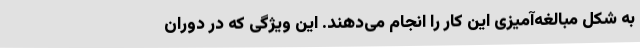
به شکل مبالغه‌آمیزی این کار را انجام می‌دهند. این ویژگی که در دوران